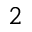
_ 2